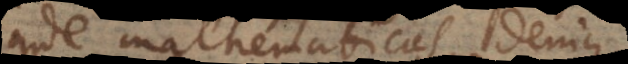
inde mathematicas; denique